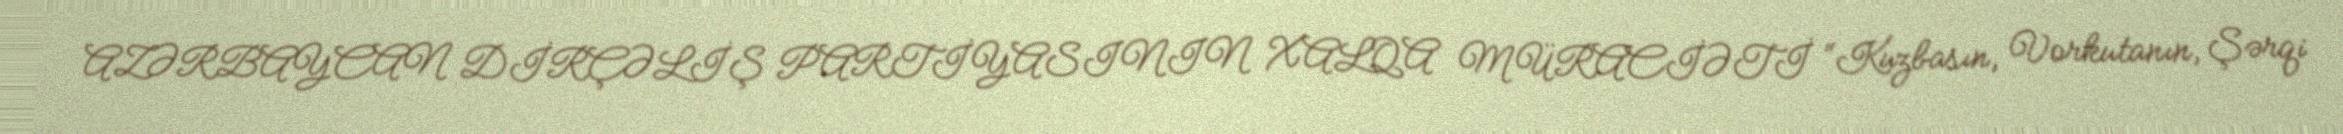
AZƏRBAYCAN DİRÇƏLİŞ PARTİYASININ XALQA MÜRACİƏTİ “Kuzbasın, Vorkutanın, Şərqi